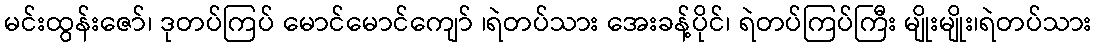
မင်းထွန်းဇော်၊ ဒုတပ်ကြပ် မောင်မောင်ကျော် ၊ရဲတပ်သား အေးခန့်ပိုင်၊ ရဲတပ်ကြပ်ကြီး မျိုးမျိုး၊ရဲတပ်သား